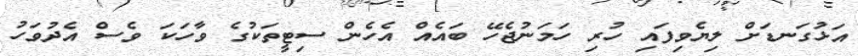
އަޅުގަނޑަށް ލިޔެވިފައި ހުރި ހަމަނުޖެހޭ ބައެއް އެހެން ސިޓީތަކުގެ ވާހަކަ ވެސް އެދުވަހު